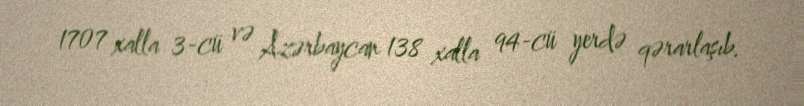
1707 xalla 3-cü və Azərbaycan 138 xalla 94-cü yerdə qərarlaşıb.